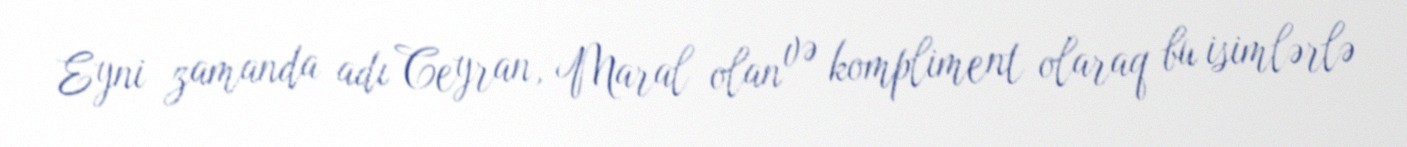
Eyni zamanda adı Ceyran, Maral olan və kompliment olaraq bu isimlərlə